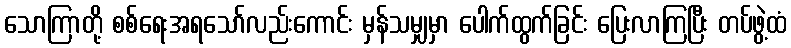
သောကြာတို့ စစ်ရေးအရသော်လည်းကောင်း မှန်သမျှမှာ ပေါက်ထွက်ခြင်း ပြေးလာကြပြီး တပ်ဖွဲ့ထံ